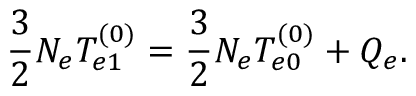
\frac { 3 } { 2 } N _ { e } T _ { e 1 } ^ { ( 0 ) } = \frac { 3 } { 2 } N _ { e } T _ { e 0 } ^ { ( 0 ) } + Q _ { e } .